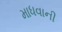
માધવાની